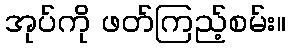
အုပ်ကို ဖတ်ကြည့်စမ်း။